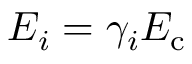
E _ { i } = \gamma _ { i } E _ { \mathrm { c } }